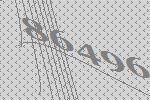
86496